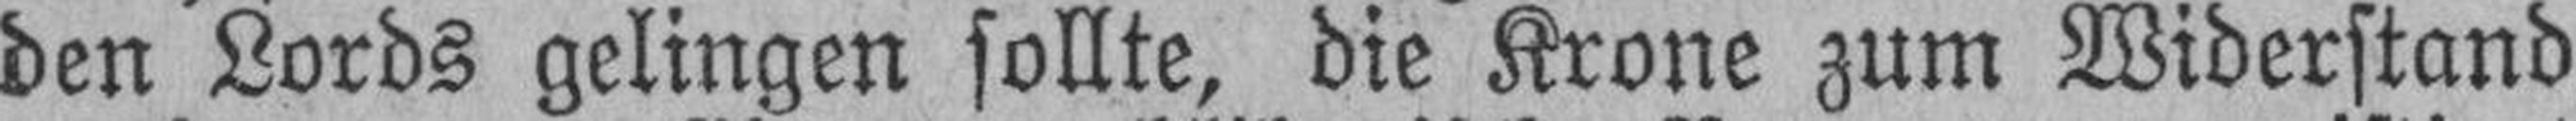
den Lords gelingen sollte, die Krone zum Widerstand